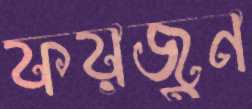
ফয়জুন